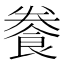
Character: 餋